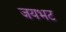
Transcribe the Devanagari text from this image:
जयभट